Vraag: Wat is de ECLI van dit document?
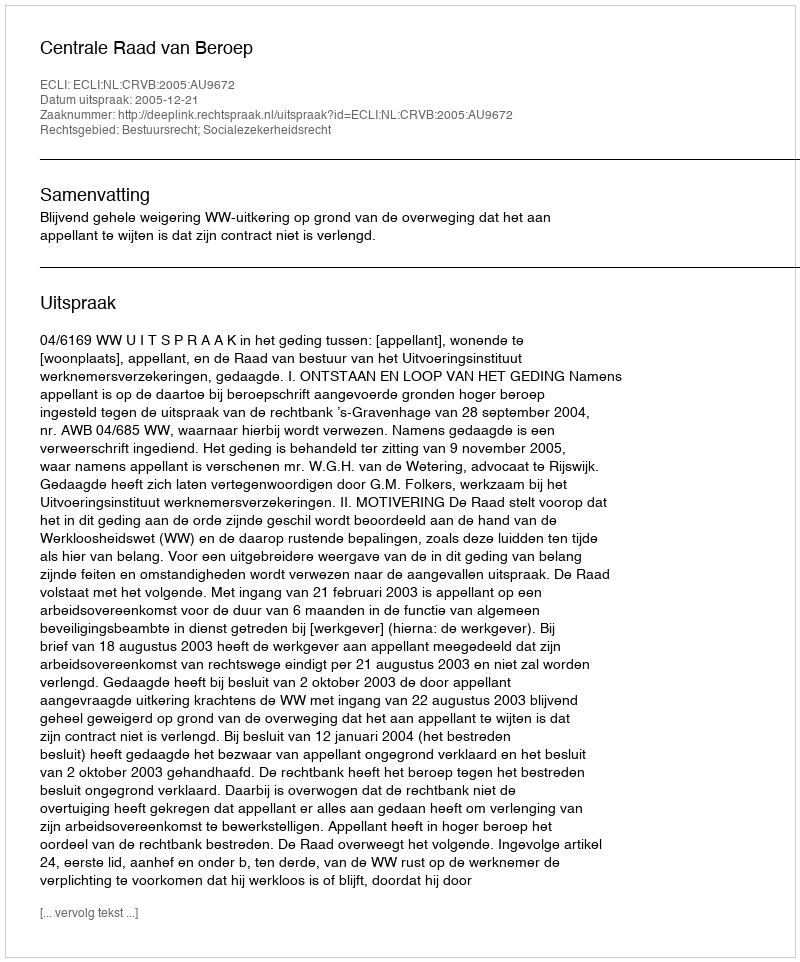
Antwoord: ECLI:NL:CRVB:2005:AU9672